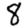
Digit: 8